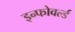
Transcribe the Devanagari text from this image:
इन्फोवर्ल्ड